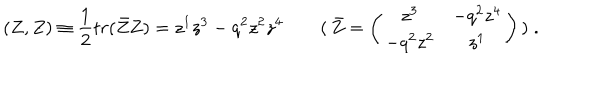
( Z , Z ) \equiv \frac { 1 } { 2 } t r ( \bar { Z } Z ) = z ^ { 1 } z ^ { 3 } - q ^ { 2 } z ^ { 2 } z ^ { 4 } \qquad ( \, \bar { Z } = \left( \begin{array} { c c } { { z ^ { 3 } } } & { { - q ^ { 2 } z ^ { 4 } } } \\ { { - q ^ { 2 } z ^ { 2 } } } & { { z ^ { 1 } } } \\ \end{array} \right) \, ) \; .